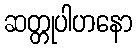
ဆတ္တုပါဟနော